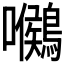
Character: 𪅺